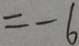
= - 6